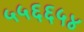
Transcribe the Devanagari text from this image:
५५६६५४